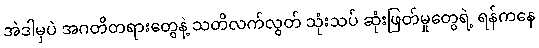
အဲဒါမှပဲ အဂတိတရားတွေနဲ့ သတိလက်လွတ် သုံးသပ် ဆုံးဖြတ်မှုတွေရဲ့ ရန်ကနေ